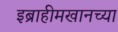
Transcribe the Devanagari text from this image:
इब्राहीमखानच्या